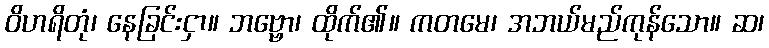
ဝိဟရိတုံ၊ နေခြင်းငှာ။ ဘဗ္ဗော၊ ထိုက်၏။ ကတမေ၊ အဘယ်မည်ကုန်သော။ ဆ၊